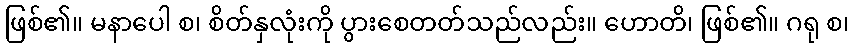
ဖြစ်၏။ မနာပေါ စ၊ စိတ်နှလုံးကို ပွားစေတတ်သည်လည်း။ ဟောတိ၊ ဖြစ်၏။ ဂရု စ၊